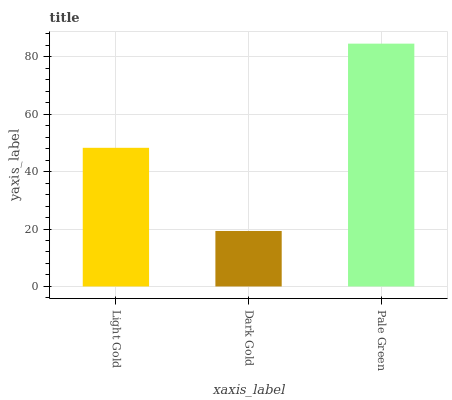
| xaxis_label | bars |
 | --- | --- |
 | Light Gold | 48.3 |
 | Dark Gold | 19.3 |
 | Pale Green | 84.5 |